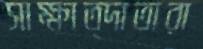
সাক্ষাত্দাতারা